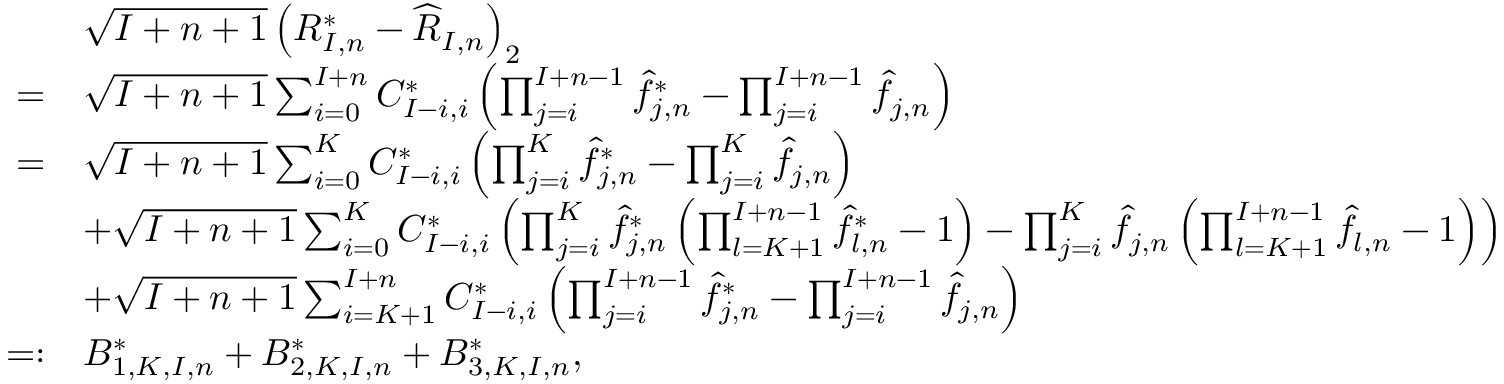
\begin{array} { r l } & { \sqrt { I + n + 1 } \left( R _ { I , n } ^ { * } - \widehat { R } _ { I , n } \right) _ { 2 } } \\ { = } & { \sqrt { I + n + 1 } \sum _ { i = 0 } ^ { I + n } C _ { I - i , i } ^ { * } \left( \prod _ { j = i } ^ { I + n - 1 } \widehat { f } _ { j , n } ^ { * } - \prod _ { j = i } ^ { I + n - 1 } \widehat { f } _ { j , n } \right) } \\ { = } & { \sqrt { I + n + 1 } \sum _ { i = 0 } ^ { K } C _ { I - i , i } ^ { * } \left( \prod _ { j = i } ^ { K } \widehat { f } _ { j , n } ^ { * } - \prod _ { j = i } ^ { K } \widehat { f } _ { j , n } \right) } \\ & { + \sqrt { I + n + 1 } \sum _ { i = 0 } ^ { K } C _ { I - i , i } ^ { * } \left( \prod _ { j = i } ^ { K } \widehat { f } _ { j , n } ^ { * } \left( \prod _ { l = K + 1 } ^ { I + n - 1 } \widehat { f } _ { l , n } ^ { * } - 1 \right) - \prod _ { j = i } ^ { K } \widehat { f } _ { j , n } \left( \prod _ { l = K + 1 } ^ { I + n - 1 } \widehat f _ { l , n } - 1 \right) \right) } \\ & { + \sqrt { I + n + 1 } \sum _ { i = K + 1 } ^ { I + n } C _ { I - i , i } ^ { * } \left( \prod _ { j = i } ^ { I + n - 1 } \widehat { f } _ { j , n } ^ { * } - \prod _ { j = i } ^ { I + n - 1 } \widehat { f } _ { j , n } \right) } \\ { = : } & { B _ { 1 , K , I , n } ^ { * } + B _ { 2 , K , I , n } ^ { * } + B _ { 3 , K , I , n } ^ { * } , } \end{array}